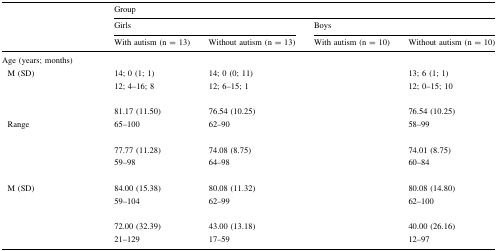
<table><thead><tr><td rowspan="3">[EMPTY_CELL]</td><td colspan="4"><b>Group</b></td></tr><tr><td colspan="2"><b>Girls</b></td><td colspan="2"><b>Boys</b></td></tr><tr><td><b>With autism (n = 13)</b></td><td><b>Without autism (n = 13)</b></td><td><b>With autism (n = 10)</b></td><td><b>Without autism (n = 10)</b></td></tr></thead><tbody><tr><td>Age (years; months)</td><td>[EMPTY_CELL]</td><td>[EMPTY_CELL]</td><td>[EMPTY_CELL]</td><td>[EMPTY_CELL]</td></tr><tr><td> M (SD)</td><td>14; 0 (1; 1)</td><td>14; 0 (0; 11)</td><td>[EMPTY_CELL]</td><td>13; 6 (1; 1)</td></tr><tr><td>[EMPTY_CELL]</td><td>12; 4–16; 8</td><td>12; 6–15; 1</td><td>[EMPTY_CELL]</td><td>12; 0–15; 10</td></tr><tr><td>[EMPTY_CELL]</td><td>[EMPTY_CELL]</td><td>[EMPTY_CELL]</td><td>[EMPTY_CELL]</td><td>[EMPTY_CELL]</td></tr><tr><td>[EMPTY_CELL]</td><td>81.17 (11.50)</td><td>76.54 (10.25)</td><td>[EMPTY_CELL]</td><td>76.54 (10.25)</td></tr><tr><td> Range</td><td>65–100</td><td>62–90</td><td>[EMPTY_CELL]</td><td>58–99</td></tr><tr><td>[EMPTY_CELL]</td><td>[EMPTY_CELL]</td><td>[EMPTY_CELL]</td><td>[EMPTY_CELL]</td><td>[EMPTY_CELL]</td></tr><tr><td>[EMPTY_CELL]</td><td>77.77 (11.28)</td><td>74.08 (8.75)</td><td>[EMPTY_CELL]</td><td>74.01 (8.75)</td></tr><tr><td>[EMPTY_CELL]</td><td>59–98</td><td>64–98</td><td>[EMPTY_CELL]</td><td>60–84</td></tr><tr><td>[EMPTY_CELL]</td><td>[EMPTY_CELL]</td><td>[EMPTY_CELL]</td><td>[EMPTY_CELL]</td><td>[EMPTY_CELL]</td></tr><tr><td> M (SD)</td><td>84.00 (15.38)</td><td>80.08 (11.32)</td><td>[EMPTY_CELL]</td><td>80.08 (14.80)</td></tr><tr><td>[EMPTY_CELL]</td><td>59–104</td><td>62–99</td><td>[EMPTY_CELL]</td><td>62–100</td></tr><tr><td>[EMPTY_CELL]</td><td>[EMPTY_CELL]</td><td>[EMPTY_CELL]</td><td>[EMPTY_CELL]</td><td>[EMPTY_CELL]</td></tr><tr><td>[EMPTY_CELL]</td><td>72.00 (32.39)</td><td>43.00 (13.18)</td><td>[EMPTY_CELL]</td><td>40.00 (26.16)</td></tr><tr><td>[EMPTY_CELL]</td><td>21–129</td><td>17–59</td><td>[EMPTY_CELL]</td><td>12–97</td></tr></tbody></table>